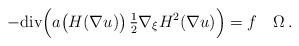
LaTeX: \begin{align*} -\mathrm{div}\Big(a\big(H(\nabla u)\big)\,\tfrac{1}{2}\nabla_\xi H^2(\nabla u)\Big)=f\quad \Omega \,.\end{align*}